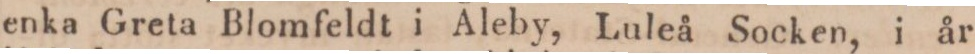
enka Greta Blomfeldt i Aleby, Luleå Socken, i år